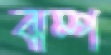
ঝম্প